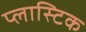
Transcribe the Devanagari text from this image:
प्‍लास्‍टिक